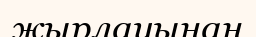
жырлауынан